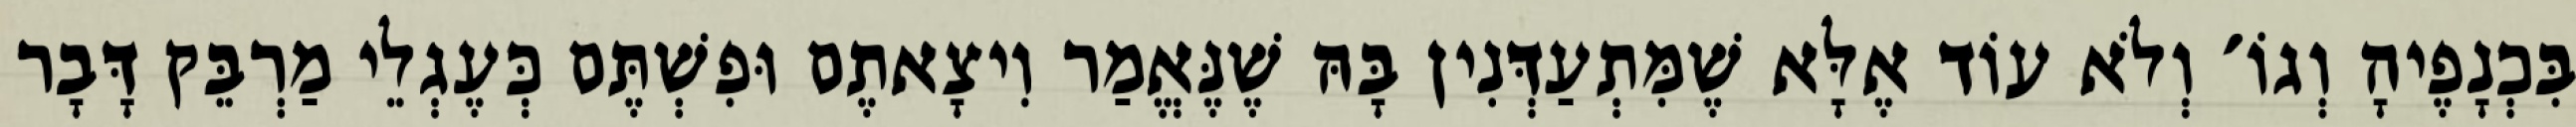
בִּכְנָפֶיהָ וְגוֹ׳ וְלֹא עוֹד אֶלָּא שֶׁמִּתְעַדְּנִין בָּהּ שֶׁנֶּאֱמַר וִיצָאתֶם וּפִשְׁתֶּם כְּעֶגְלֵי מַרְבֵּק דָּבָר